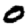
Digit: 0